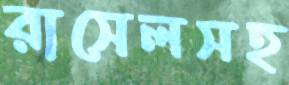
রাসেলসহ